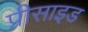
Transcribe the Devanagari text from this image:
प्रीसाइड